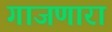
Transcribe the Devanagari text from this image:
गाजणारा